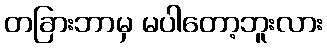
တခြားဘာမှ မပါတော့ဘူးလား